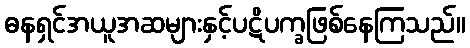
ဓနရှင်အယူအဆများနှင့်ပဋိပက္ခဖြစ်နေကြသည်။